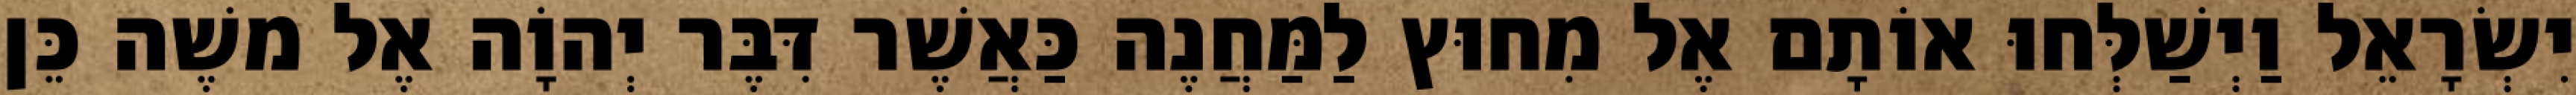
יִשְׂרָאֵל וַיְשַׁלְּחוּ אוֹתָם אֶל מִחוּץ לַמַּחֲנֶה כַּאֲשֶׁר דִּבֶּר יְהוָֹה אֶל משֶׁה כֵּן